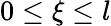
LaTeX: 0\le\xi\le l